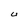
Character: U